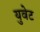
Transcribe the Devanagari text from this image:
युवेट